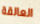
العالقة